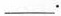
___.